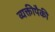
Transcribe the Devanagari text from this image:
व्यक्तीपैकी